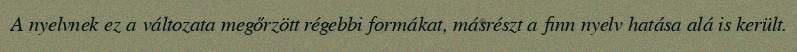
A nyelvnek ez a változata megőrzött régebbi formákat, másrészt a finn nyelv hatása alá is került.